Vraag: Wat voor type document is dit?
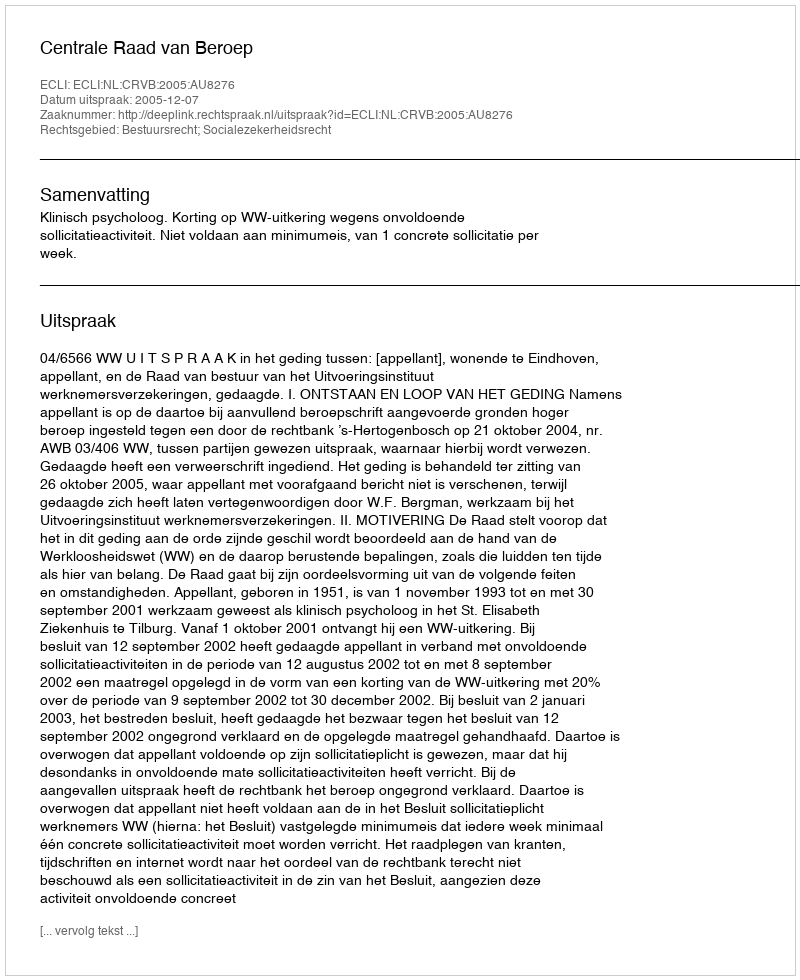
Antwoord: Uitspraak